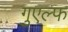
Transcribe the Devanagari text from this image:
गुएल्फ